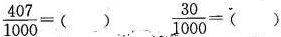
$$\frac{407}{1000}=()$$ $$\frac{30}{1000}=()$$